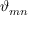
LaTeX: \vartheta _ { m n }